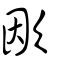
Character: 欭